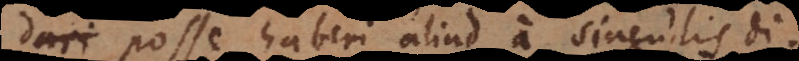
dari posse haberi aliud a singulis di